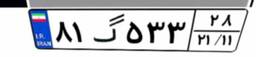
۸۱گ۵۳۳۲۸